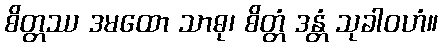
စိတ္တဿ ဒမထော သာဓု၊ စိတ္တံ ဒန္တံ သုခါဝဟံ။